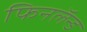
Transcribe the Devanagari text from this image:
फिनलॅन्ड